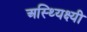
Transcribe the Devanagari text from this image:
अस्थ्यिक्ष्यी